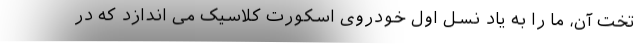
تخت آن، ما را به یاد نسل اول خودروی اسکورت کلاسیک می اندازد که در